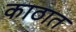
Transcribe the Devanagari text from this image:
काठात